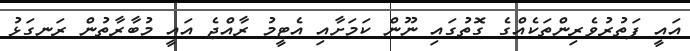
އައީ ފަތުރުވެރިންތަކެއްގެ ގޮތުގައި ނޫން ކަމަށާއި އެޓީމު ރާއްޖެ އައީ މުބާރާތުން ރަނގަޅު